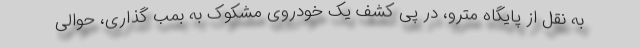
به نقل از پایگاه مترو، در پی کشف یک خودروی مشکوک به بمب گذاری، حوالی